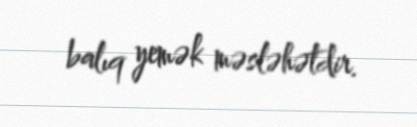
balıq yemək məsləhətdir.